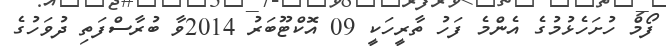
ފޯމް ހުށަހެޅުމުގެ އެންމެ ފަހު ތާރީހަކީ 09 އޮކްޓޫބަރު 2014ވާ ބުރާސްފަތި ދުވަހުގެ